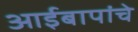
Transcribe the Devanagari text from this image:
आईबापांचे